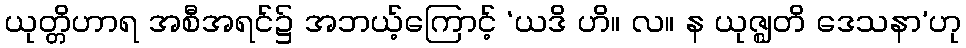
ယုတ္တိဟာရ အစီအရင်၌ အဘယ့်ကြောင့် ‘ယဒိ ဟိ။ လ။ န ယုဇ္ဈတိ ဒေသနာ’ဟု